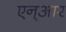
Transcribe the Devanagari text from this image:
एन्‌आर